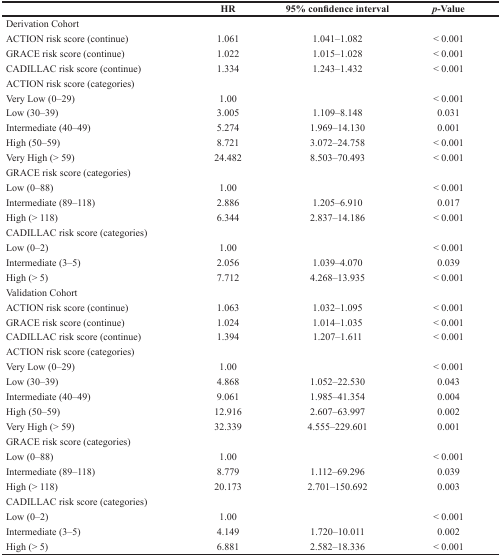
<table><thead><tr><td></td><td><b>HR</b></td><td><b>95% confidence interval</b></td><td><b><i>p</i>-Value</b></td></tr></thead><tbody><tr><td>Derivation Cohort</td><td></td><td></td><td></td></tr><tr><td>ACTION risk score (continue)</td><td>1.061</td><td>1.041–1.082</td><td>&lt; 0.001</td></tr><tr><td>GRACE risk score (continue)</td><td>1.022</td><td>1.015–1.028</td><td>&lt; 0.001</td></tr><tr><td>CADILLAC risk score (continue)</td><td>1.334</td><td>1.243–1.432</td><td>&lt; 0.001</td></tr><tr><td>ACTION risk score (categories)</td><td></td><td></td><td></td></tr><tr><td>Very Low (0–29)</td><td>1.00</td><td></td><td>&lt; 0.001</td></tr><tr><td>Low (30–39)</td><td>3.005</td><td>1.109–8.148</td><td>0.031</td></tr><tr><td>Intermediate (40–49)</td><td>5.274</td><td>1.969–14.130</td><td>0.001</td></tr><tr><td>High (50–59)</td><td>8.721</td><td>3.072–24.758</td><td>&lt; 0.001</td></tr><tr><td>Very High (&gt; 59)</td><td>24.482</td><td>8.503–70.493</td><td>&lt; 0.001</td></tr><tr><td>GRACE risk score (categories)</td><td></td><td></td><td></td></tr><tr><td>Low (0–88)</td><td>1.00</td><td></td><td>&lt; 0.001</td></tr><tr><td>Intermediate (89–118)</td><td>2.886</td><td>1.205–6.910</td><td>0.017</td></tr><tr><td>High (&gt; 118)</td><td>6.344</td><td>2.837–14.186</td><td>&lt; 0.001</td></tr><tr><td>CADILLAC risk score (categories)</td><td></td><td></td><td></td></tr><tr><td>Low (0–2)</td><td>1.00</td><td></td><td>&lt; 0.001</td></tr><tr><td>Intermediate (3–5)</td><td>2.056</td><td>1.039–4.070</td><td>0.039</td></tr><tr><td>High (&gt; 5)</td><td>7.712</td><td>4.268–13.935</td><td>&lt; 0.001</td></tr><tr><td>Validation Cohort</td><td></td><td></td><td></td></tr><tr><td>ACTION risk score (continue)</td><td>1.063</td><td>1.032–1.095</td><td>&lt; 0.001</td></tr><tr><td>GRACE risk score (continue)</td><td>1.024</td><td>1.014–1.035</td><td>&lt; 0.001</td></tr><tr><td>CADILLAC risk score (continue)</td><td>1.394</td><td>1.207–1.611</td><td>&lt; 0.001</td></tr><tr><td>ACTION risk score (categories)</td><td></td><td></td><td></td></tr><tr><td>Very Low (0–29)</td><td>1.00</td><td></td><td>&lt; 0.001</td></tr><tr><td>Low (30–39)</td><td>4.868</td><td>1.052–22.530</td><td>0.043</td></tr><tr><td>Intermediate (40–49)</td><td>9.061</td><td>1.985–41.354</td><td>0.004</td></tr><tr><td>High (50–59)</td><td>12.916</td><td>2.607–63.997</td><td>0.002</td></tr><tr><td>Very High (&gt; 59)</td><td>32.339</td><td>4.555–229.601</td><td>0.001</td></tr><tr><td>GRACE risk score (categories)</td><td></td><td></td><td></td></tr><tr><td>Low (0–88)</td><td>1.00</td><td></td><td>&lt; 0.001</td></tr><tr><td>Intermediate (89–118)</td><td>8.779</td><td>1.112–69.296</td><td>0.039</td></tr><tr><td>High (&gt; 118)</td><td>20.173</td><td>2.701–150.692</td><td>0.003</td></tr><tr><td>CADILLAC risk score (categories)</td><td></td><td></td><td></td></tr><tr><td>Low (0–2)</td><td>1.00</td><td></td><td>&lt; 0.001</td></tr><tr><td>Intermediate (3–5)</td><td>4.149</td><td>1.720–10.011</td><td>0.002</td></tr><tr><td>High (&gt; 5)</td><td>6.881</td><td>2.582–18.336</td><td>&lt; 0.001</td></tr></tbody></table>